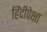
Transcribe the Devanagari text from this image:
हिंदीपेक्षा